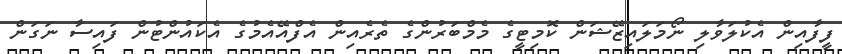
ފީފާއިން އެކުލަވާލި ނޯމަލައިޒޭޝަން ކޮމިޓީގެ މެމްބަރުންގެ ތެރެއިން އެފްއޭއެމުގެ އެކައުންޓުން ފައިސާ ނަގަން